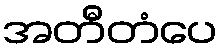
အတီတံပေ